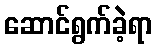
ဆောင်ရွက်ခဲ့ရာ